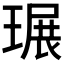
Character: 𤧷